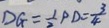
D G = \frac { 1 } { 2 } P D = \frac { 3 } { 4 }